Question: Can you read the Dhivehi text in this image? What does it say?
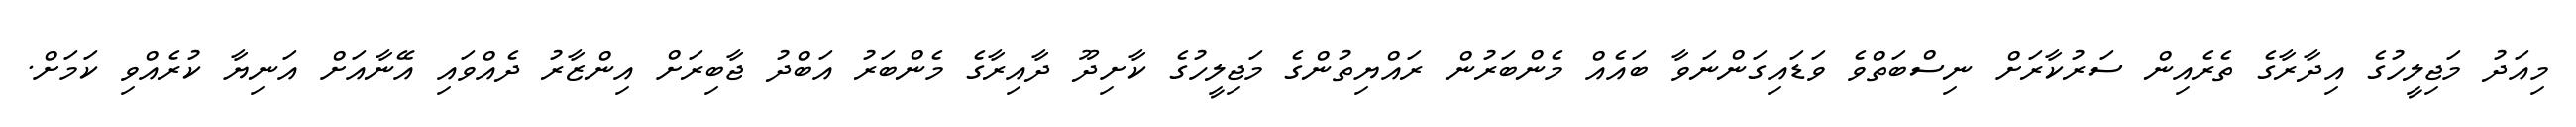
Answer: މިއަދު މަޖިލީހުގެ އިދާރާގެ ތެރެއިން ސަރުކާރަށް ނިސްބަތްވެ ވަޑައިގަންނަވާ ބައެއް މެންބަރުން ރައްޔިތުންގެ މަޖިލީހުގެ ކާށިދޫ ދާއިރާގެ މެންބަރު އަބްދު ޖާބިރަށް އިންޒާރު ދެއްވައި އޭނާއަށް އަނިޔާ ކުރެއްވި ކަމަށް.